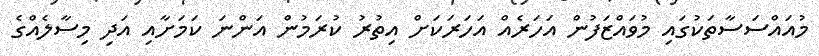
މުއައްސަސާތަކުގައި މުވައްޒަފުން އަހަރެއް އަހަރަކަށް އިތުރު ކުރަމުން އަންނަ ކަމަށާއި އަދި މިސާލެއްގެ